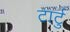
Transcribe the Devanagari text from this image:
टार्टु